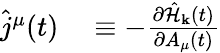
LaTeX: \begin{array}{rl}{\hat{j}^{\mu}(t)}&{{}\equiv-\frac{\partial\hat{\mathcal{H}}_{\mathbf{k}}(t)}{\partial A_{\mu}(t)}}\end{array}